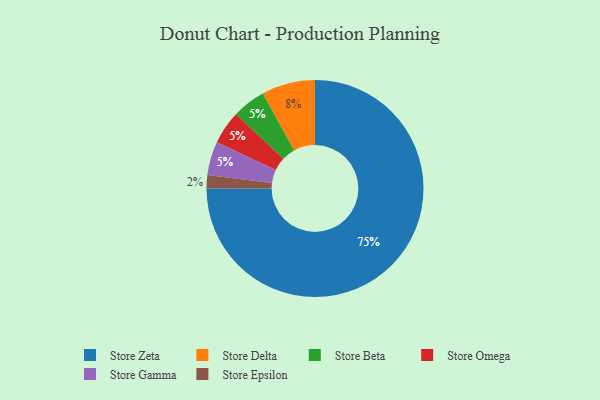
{"axis": {"x": "Category", "y": "Percentage"}, "legend": ["Store Beta", "Store Delta", "Store Epsilon", "Store Gamma", "Store Omega", "Store Zeta"], "data": [{"x": "Store Beta", "y": 5, "type": "Store Beta"}, {"x": "Store Omega", "y": 5, "type": "Store Omega"}, {"x": "Store Epsilon", "y": 2, "type": "Store Epsilon"}, {"x": "Store Zeta", "y": 75, "type": "Store Zeta"}, {"x": "Store Gamma", "y": 5, "type": "Store Gamma"}, {"x": "Store Delta", "y": 8, "type": "Store Delta"}]}